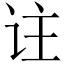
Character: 𬣣